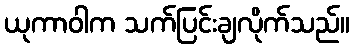
ယုကာဝါက သက်ပြင်းချလိုက်သည်။